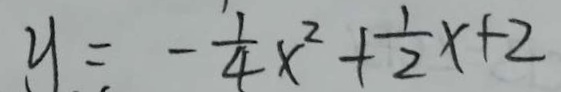
y = - \frac { 1 } { 4 } x ^ { 2 } + \frac { 1 } { 2 } x + 2